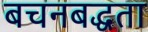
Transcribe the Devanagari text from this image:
बचनबद्धता